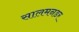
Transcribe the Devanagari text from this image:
सालमनडर